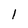
Character: l